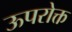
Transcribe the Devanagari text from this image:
ऊपरोक्त